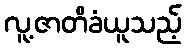
လူ့ဇာတိခံယူသည့်